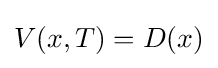
V(x,T)=D(x)\,\!